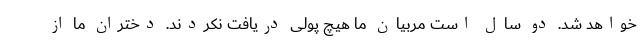
خواهد شد. دو سال است مربیان ما هیچ پولی دریافت نکردند. دختران ما از